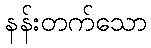
နန်းတက်သော